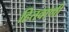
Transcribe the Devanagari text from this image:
हितवाणी